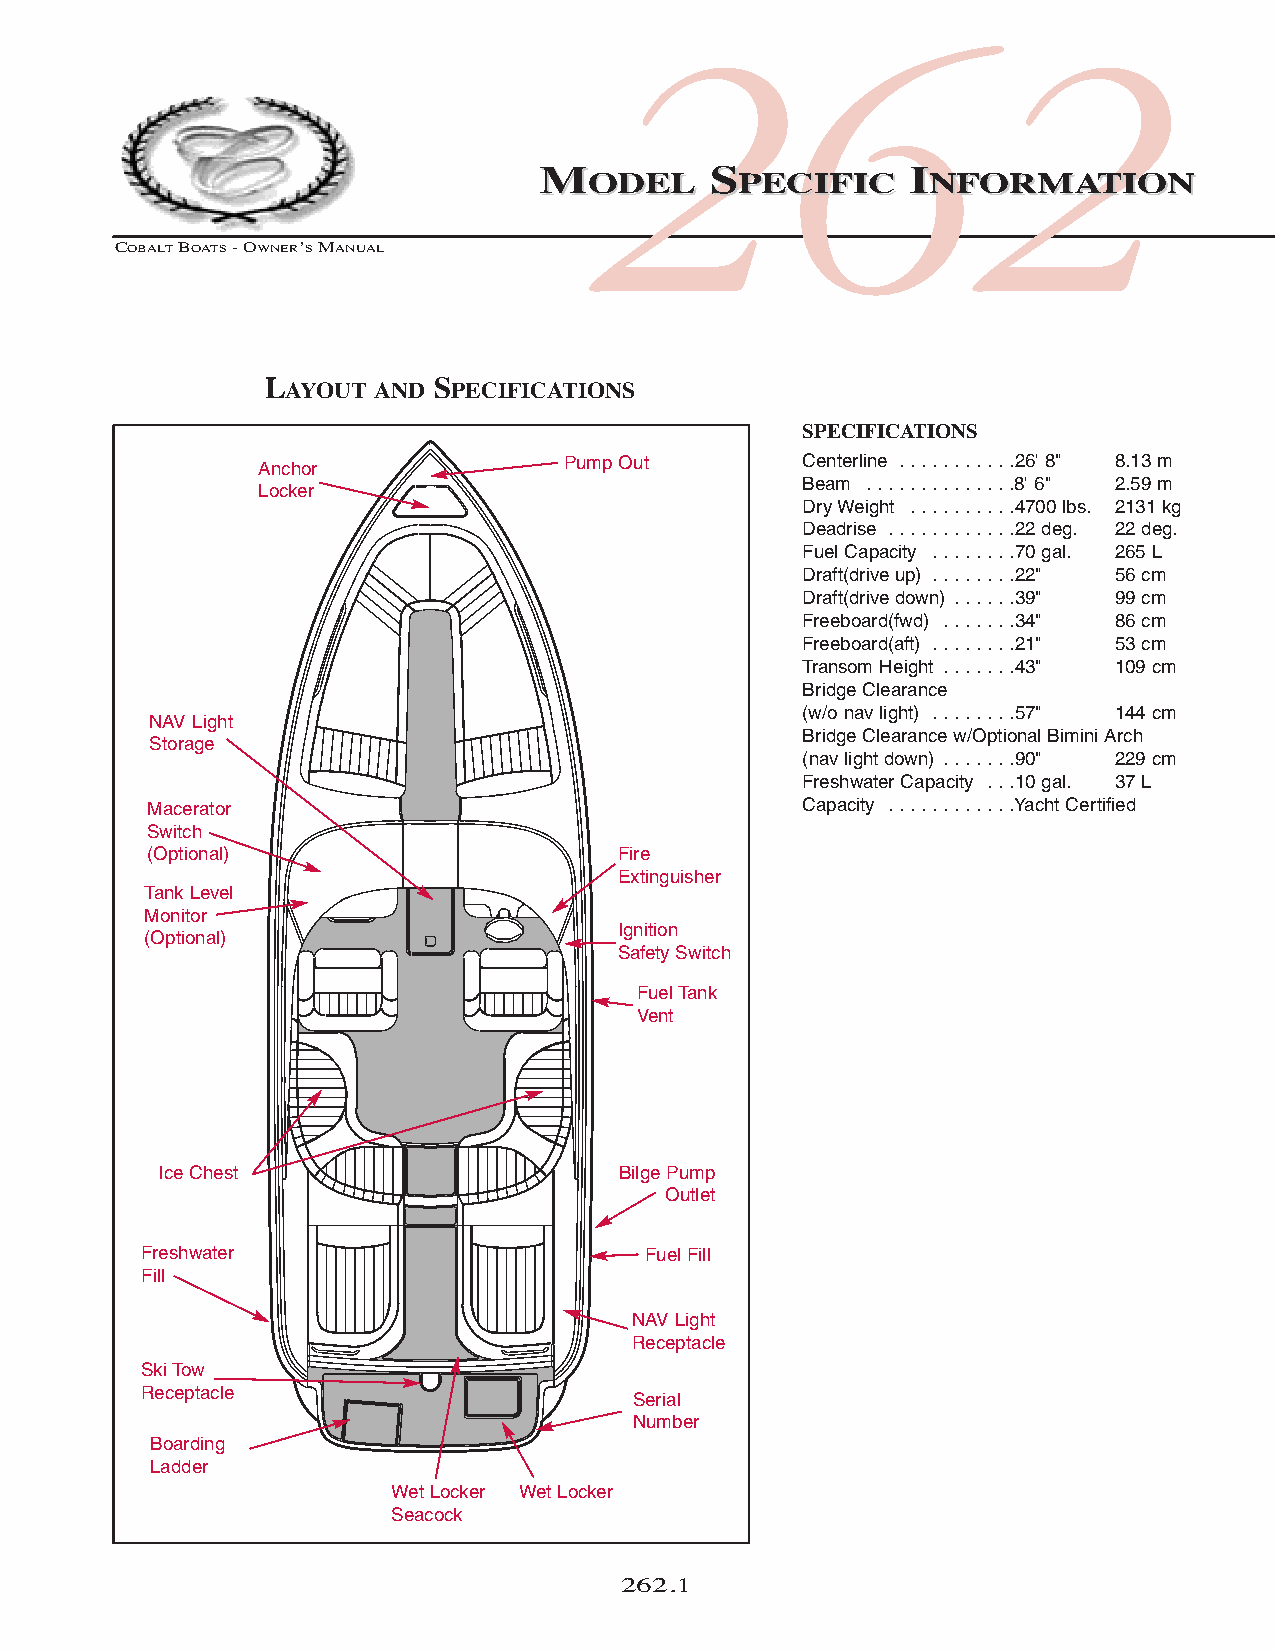
COB_05 Sect 262.qxd 3/18/05 9:28 AM Page 262.1
 262
 MMOODDEELL SSPPEECCIIFFIICC IINNFFOORRMMAATTIIOONN
 COBALTBOATS- OWNER’SMANUAL
 LAYOUT AND SPECIFICATIONS
 SPECIFICATIONS
 Anchor              Pump Out        Centerline . . . . . . . . . . .26' 8" 8.13 m
 Beam . . . . . . . . . . . . . .8' 6" 2.59 m
 Locker
 Dry Weight . . . . . . . . . .4700 lbs. 2131 kg
 Deadrise . . . . . . . . . . . .22 deg. 22 deg.
 Fuel Capacity . . . . . . . .70 gal. 265 L
 Draft(drive up) . . . . . . . .22" 56 cm
 Draft(drive down) . . . . . .39" 99 cm
 Freeboard(fwd) . . . . . . .34" 86 cm
 Freeboard(aft) . . . . . . . .21" 53 cm
 Transom Height . . . . . . .43" 109 cm
 Bridge Clearance
 (w/o nav light) . . . . . . . .57" 144 cm
 NAV Light
 Bridge Clearance w/Optional Bimini Arch
 Storage
 (nav light down) . . . . . . .90" 229 cm
 Freshwater Capacity . . .10 gal. 37 L
 Macerator                                   Capacity . . . . . . . . . . . .Yacht Certified
 Switch
 (Optional)                     Fire
 Extinguisher
 Tank Level
 Monitor
 Ignition
 (Optional)
 Safety Switch
 Fuel Tank
 Vent
 Ice Chest                     Bilge Pump
 Outlet
 Freshwater                       Fuel Fill
 Fill
 NAV Light
 Receptacle
 Ski Tow
 Receptacle
 Serial
 Number
 Boarding
 Ladder
 Wet Locker Wet Locker
 Seacock
 262.1